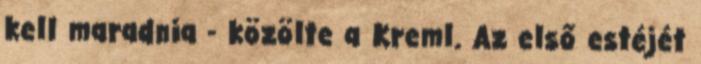
kell maradnia - közölte a Kreml. Az első estéjét